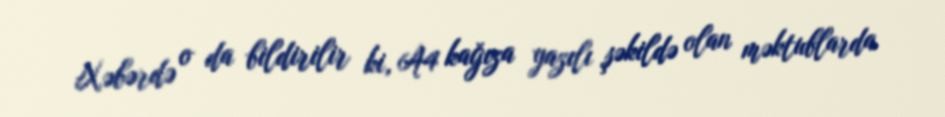
Xəbərdə o da bildirilir ki, A4 kağıza yazılı şəkildə olan məktublarda